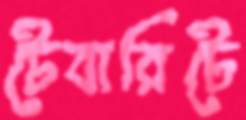
টেবারিটে